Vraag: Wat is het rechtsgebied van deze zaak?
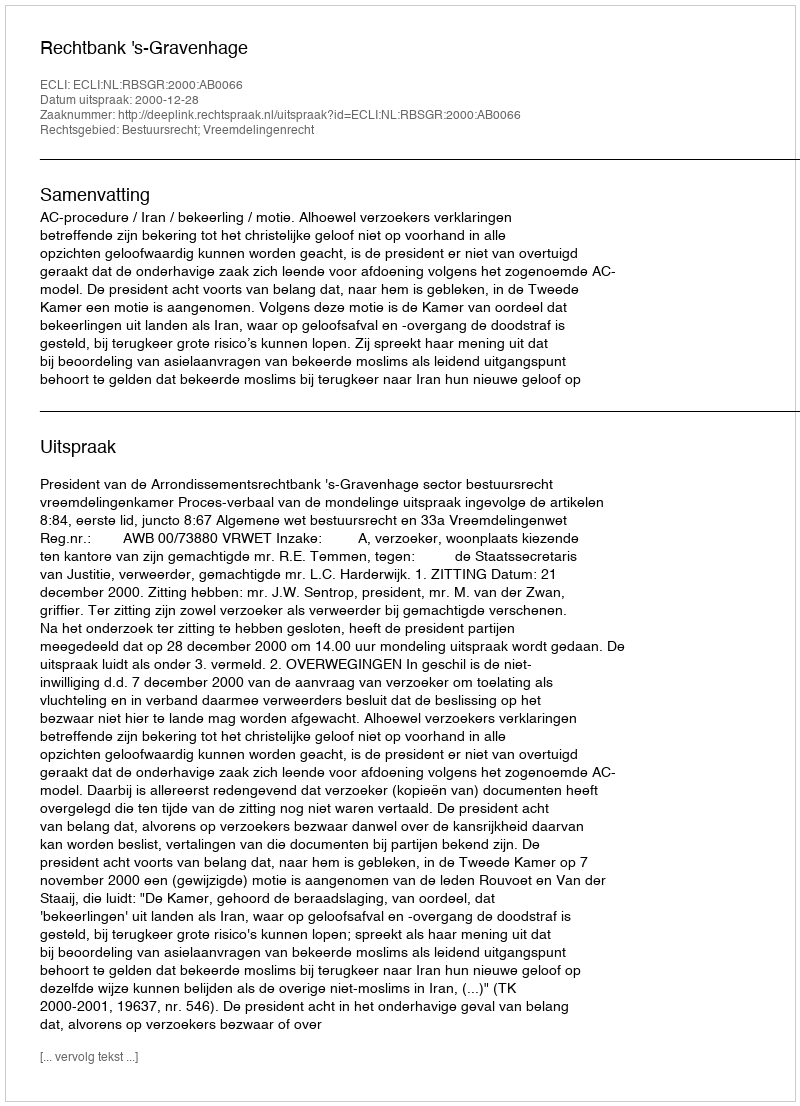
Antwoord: Bestuursrecht; Vreemdelingenrecht